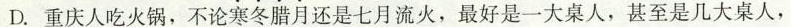
D.重庆人吃火锅，不论寒冬腊月还是七月流火，最好是一大桌人，甚至是几大桌人，